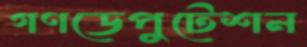
গণডেপুটেশন